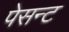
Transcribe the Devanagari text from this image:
पेसन्ट